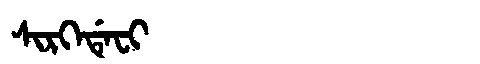
Manchu: ᠰᡳᡵᡴᡝᡩᡝᠸᡳ
Romanization: SIRKEDEFI